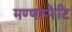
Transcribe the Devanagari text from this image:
मण्णाप्पेटि